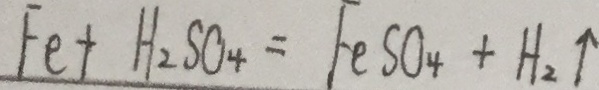
F e + H _ { 2 } S O _ { 4 } = F e S O _ { 4 } + H _ { 2 } \uparrow